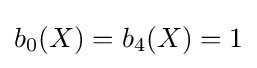
b_{0}(X)=b_{4}(X)=1